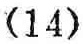
\((14)\)